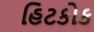
હિટકોક